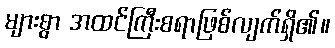
များစွာ အထင်ကြီးစရာဖြစ်လျက်ရှိ၏။